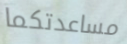
مساعدتكما